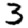
Digit: 3